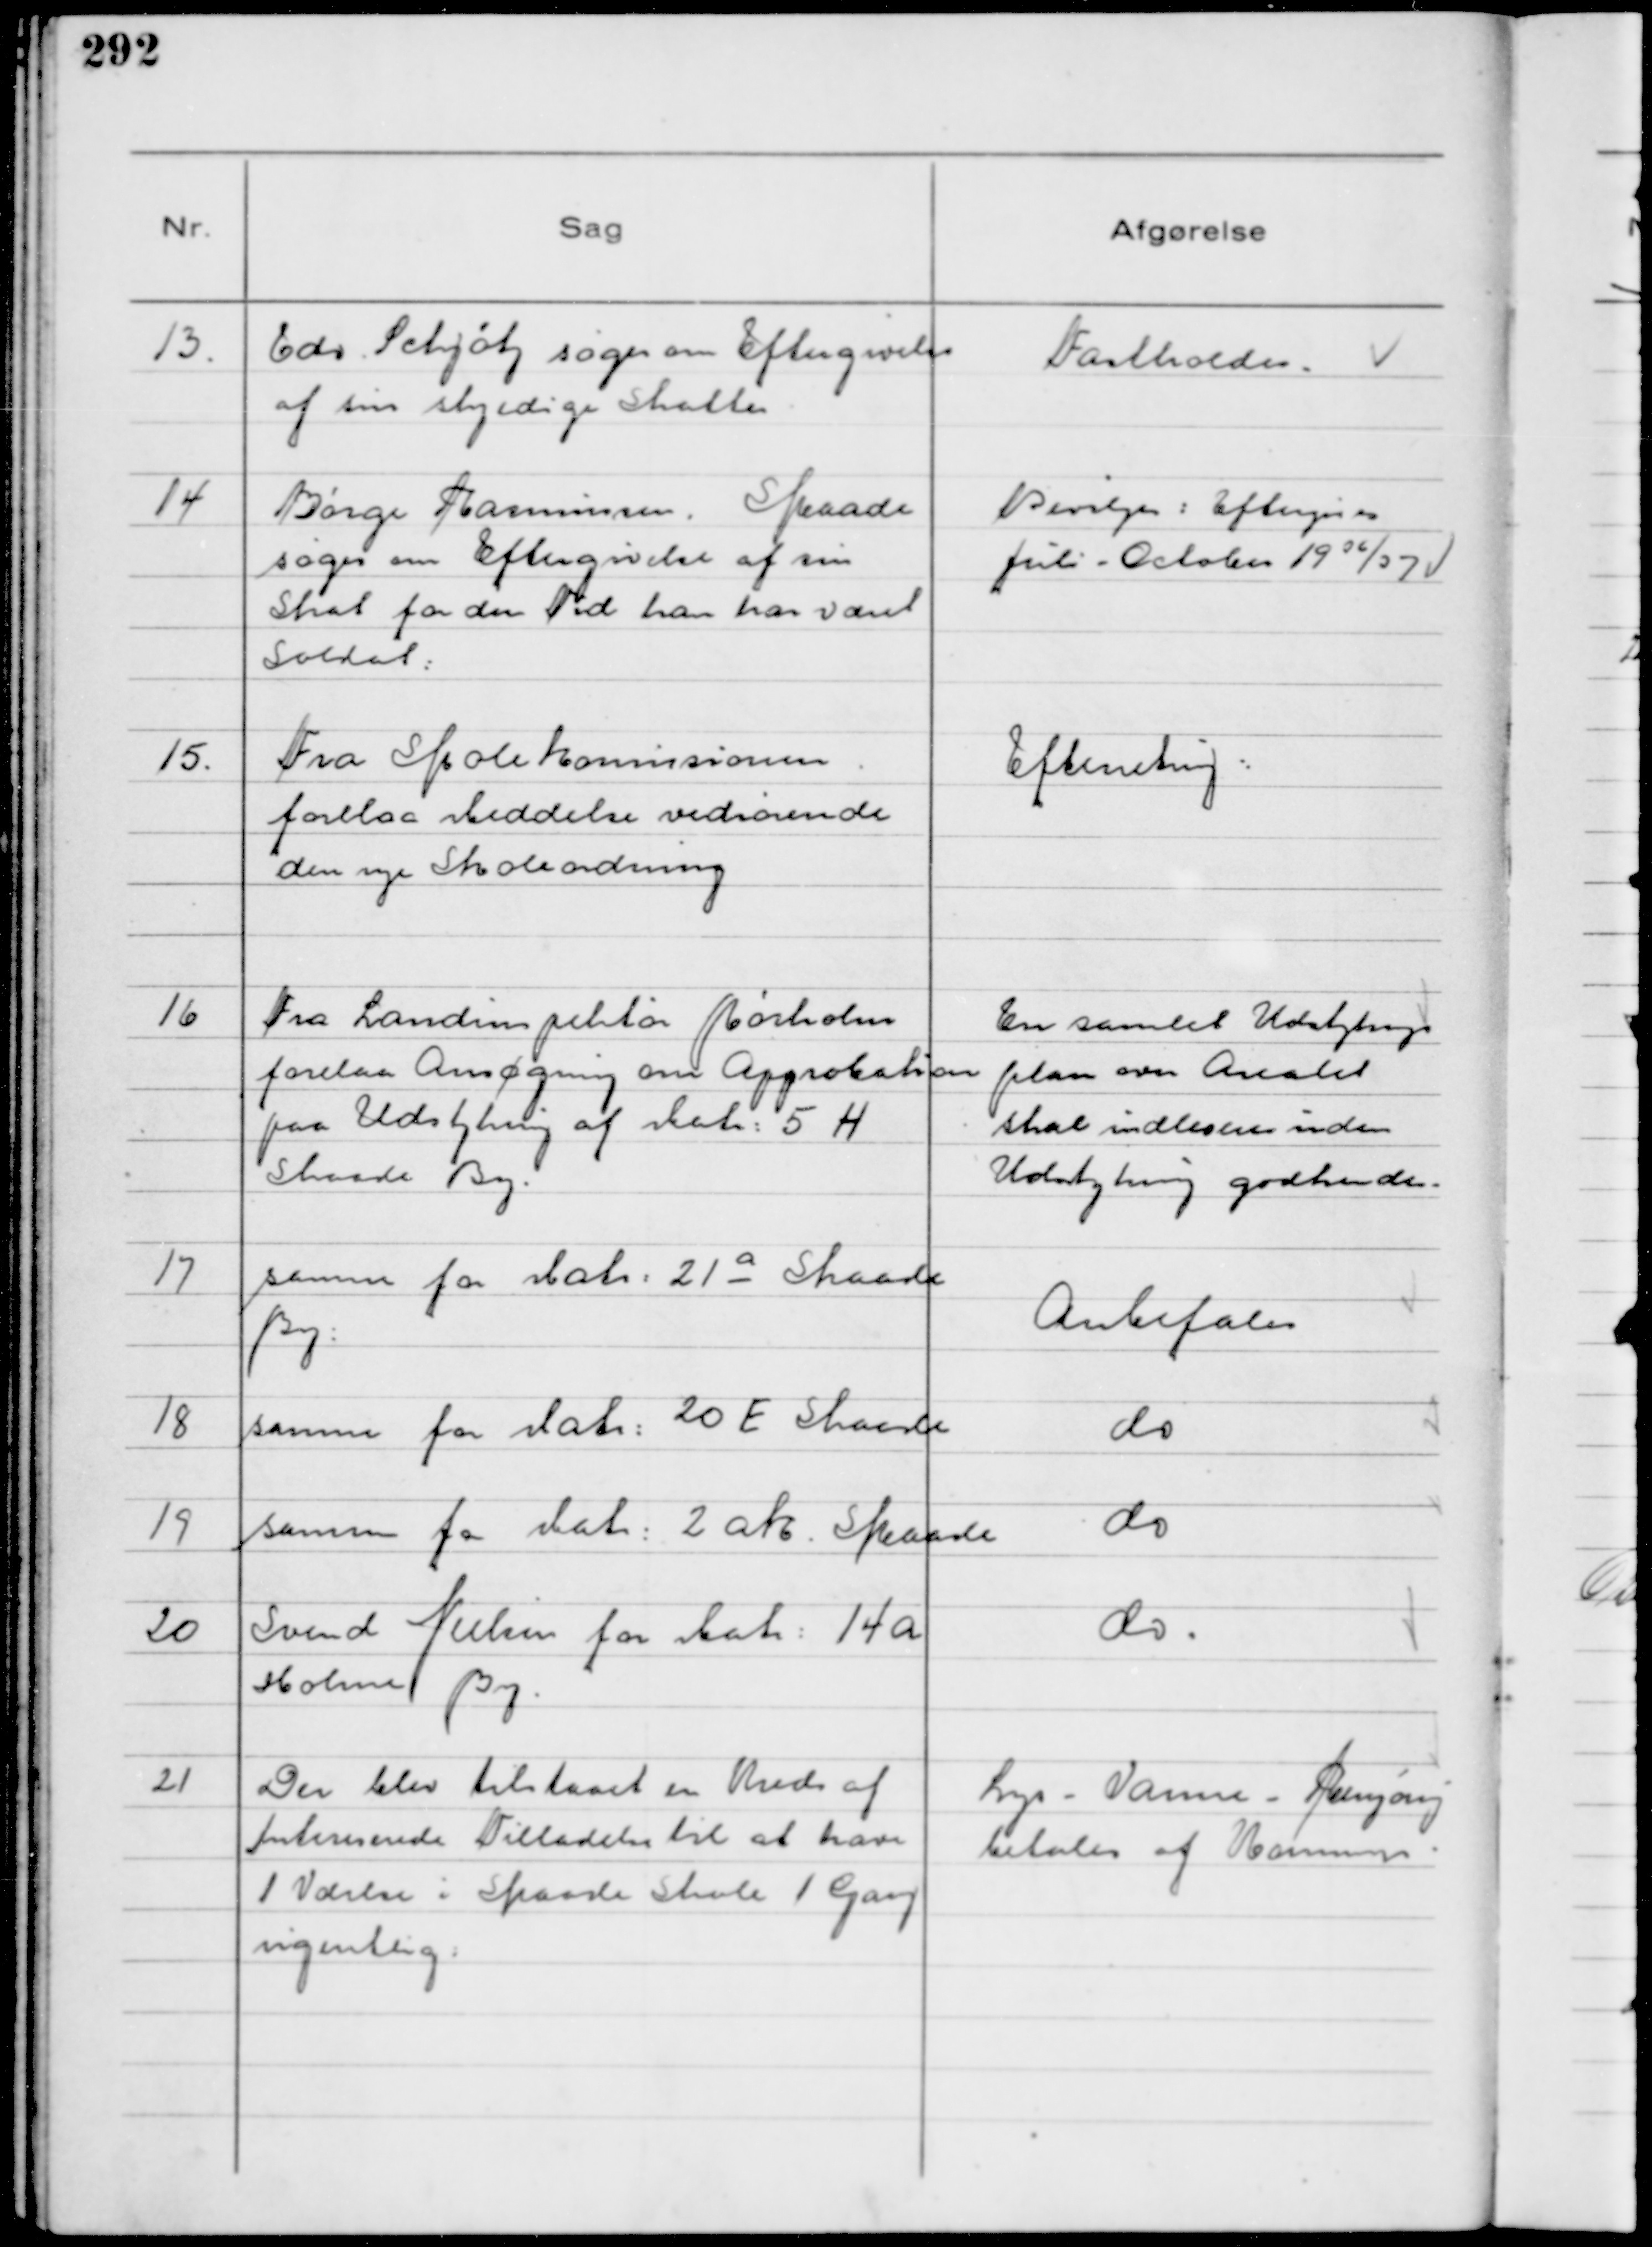
Transskription:
13
Gdr. Schjøtz søger om Eftergivelse
af sine skyldige skatter

Fastholdes

14
Børge Harmansen Skaade
søger om Eftergivelse af sin
Skat for den Tid han har været
Soldat

Bevilges: Eftergives
Juli - October 1936/37

15
Fra Skolekommissionen
forelaa Meddelelse vedrørende
den nye Skoleordning

Efterretning

16
Fra Landinspektør Rørholm
forelaa ansøgning om Approbation
paa Udstykning af Matr. 5 H
Skaade By.

En samlet Udstyknings
plan over Arealet
skal indleveres inden
Udstykning godkendes.

17
samme for Matr. 21 a Skaade
By

Anbefales

18
samme for Matr. 20 E Skaade

do

19
Samme for Matr. 2 ah Skaade

do

20
Svend Nielsen for Matr 14 A
Holme By

do

21
Der blev tilstaaet en Kreds af
Intereserede Tilladelse til at have
1 Værelse i Skaade Skole 1 Gang
ugentlig

Lys - Varme - Rengøring
betales af Kommunen